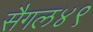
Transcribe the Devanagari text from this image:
सैगल४९